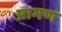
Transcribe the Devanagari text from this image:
प्रामण